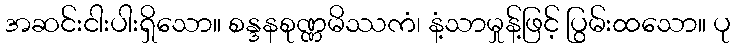
အဆင်းငါးပါးရှိသော။ စန္ဒနစုဏ္ဏမိဿကံ၊ နံ့သာမှုန့်ဖြင့် ပြွမ်းထသော။ ပု